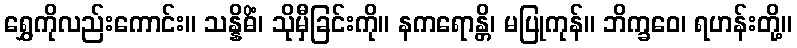
ရွှေကိုလည်းကောင်း။ သန္နိဓိံ၊ သိုမှီခြင်းကို။ နကရောန္တိ၊ မပြုကုန်။ ဘိက္ခဝေ၊ ရဟန်းတို့။